Civil Veterinary Department Bihar & Orissa reports 1922-29 - 1922-1929
Year: 1922
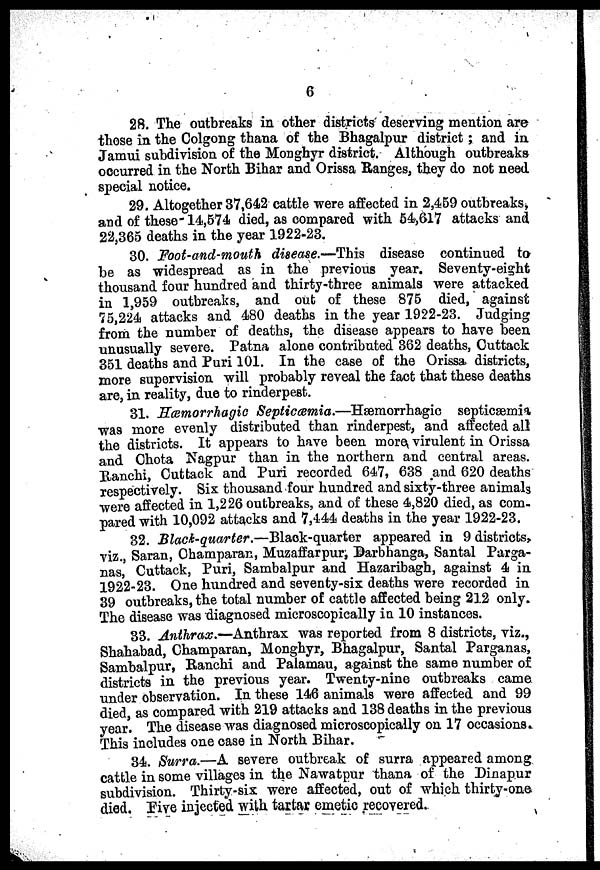
6
28. The outbreaks in other districts deserving mention are
those in the Colgong thana of the Bhagalpur district; and in
Jamui subdivision of the Monghyr district. Although outbreaks
occurred in the North Bihar and Orissa Banges, they do not need
special notice.
29. Altogether 37,642 cattle were affected in 2,459 outbreaks*
and of these-14,574 died, as compared with 54,617 attacks and
22,365 deaths in the year 1922-23.
30. Foot-and-mouth disease.—This disease continued to
be as widespread as in the previous year. Seventy-eight
thousand four hundred and thirty-three animals were attacked
in 1,959 outbreaks, and out of these 875 died, against
75,224 attacks and 480 deaths in the year 1922-23. Judging
from the number of deaths, the disease appears to have been
unusually severe. Patna alone contributed 362 deaths, Cuttack
351 deaths and Puri 101. In the case of the Orissa districts,
more supervision will probably reveal the fact that these deaths
are, in reality, due to rinderpest.
31. Hemorrhagic Septiccemia.—Hgemorrhagic septicaemia
was more evenly distributed than rinderpest, and affected all
the districts. It appears to have been mora virulent in Orissa
and Chota Nagpur than in the northern and central areas.
Ranchi, Cuttack and Puri recorded 647, 638 and 620 deaths
respectively. Six thousand four hundred and sixty-three animals
were affected in 1,226 outbreaks, and of these 4,820 died, as com-
pared with 10,092 attacks and 7,444 deaths in the year 1922-23.
32. Black-quarter.—Black-quarter appeared in 9 districts,
viz., Saran, Ohamparan, Muzaffarpur, Darbhanga, Santal Parga-
nas,' Cuttack, Puri, Sambalpur and Hazaribagh, against 4 in
1922-23. One hundred and seventy-six deaths were recorded in
39 outbreaks, the total number of cattle affected being 212 only.
The disease was diagnosed microscopically in 10 instances.
33. Anthrax.—Anthrax was reported from 8 districts, viz.,
Shahabad, Champaran, Monghyr, Bhagalpur, Santal Parganas,
Sambalpur, Ranchi and Palamau, against the same number of
districts in the previous year. Twenty-nine outbreaks came
under observation. In these 146 animals were affected and 99
died as compared with 219 attacks and 138 deaths in the previous
year'. The disease was diagnosed microscopically on 17 occasions*
This includes one case in North Bihar.
34. Surra.—A severe outbreak of surra appeared among
cattle in some villages in the Nawatpur thana of the Dinapur
subdivision. Thirty-six were affected, out of which thirty-one.
died, rive injected with tartar emetic recovered.